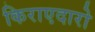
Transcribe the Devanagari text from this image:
किराएदारो